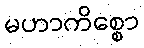
မဟာကိစ္စော